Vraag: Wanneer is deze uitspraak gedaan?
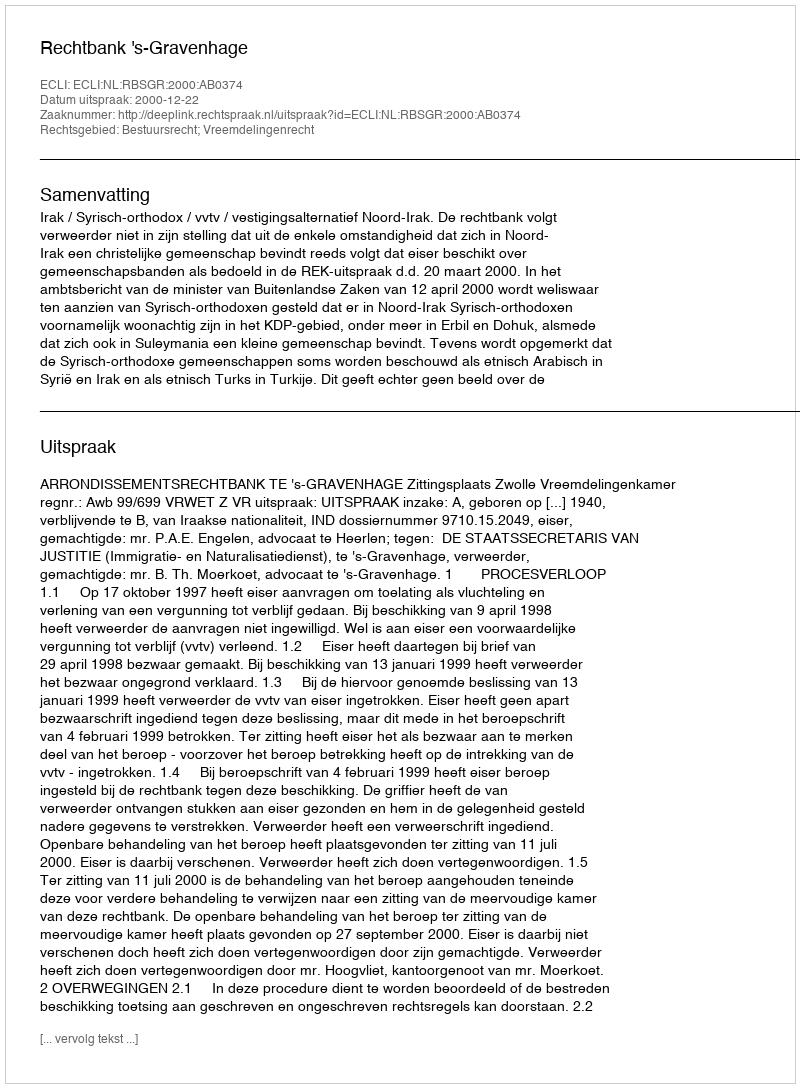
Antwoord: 2000-12-22